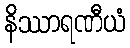
နိဿာရဏီယံ